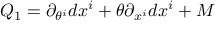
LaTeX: Q _ { 1 } = \partial _ { \theta ^ { i } } d x ^ { i } + \theta \partial _ { x ^ { i } } d x ^ { i } + M